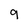
Character: 9